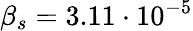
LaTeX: \beta_{s}=3.11\cdot 10^{-5}